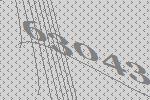
63043